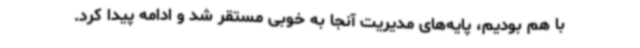
با هم بودیم، پایه‌های مدیریت آنجا به خوبی مستقر شد و ادامه پیدا کرد.